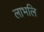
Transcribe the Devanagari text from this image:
लाभलि